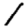
Digit: 1